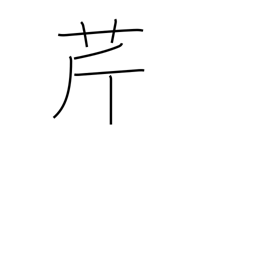
Meaning: parsley